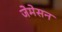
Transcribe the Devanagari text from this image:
जेमेसन